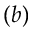
\mathit ( b )